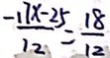
\frac { - 1 7 x - 2 5 } { 1 2 } = \frac { 1 8 } { 1 2 }